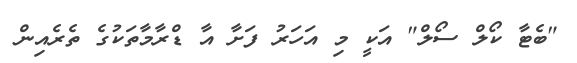
"ބެޓާ ކޯލް ސޯލް" އަކީ މި އަހަރު ފަށާ އާ ޑްރާމާތަކުގެ ތެރެއިން